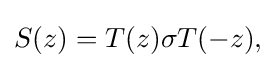
\displaystyle {S(z)=T(z)\sigma T(-z),}